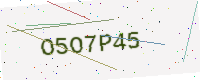
Text: O5O7P45